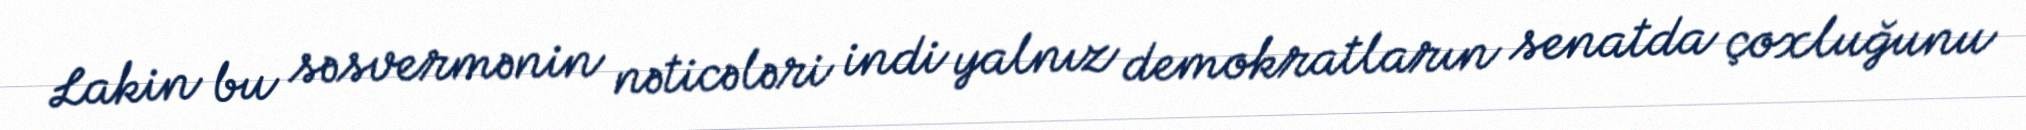
Lakin bu səsvermənin nəticələri indi yalnız demokratların senatda çoxluğunu